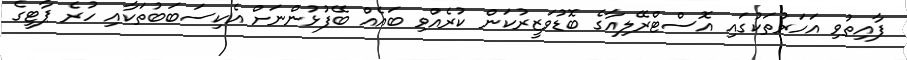
ފާއިތުވި އަހަރުތަކުގައި އޮސްޓްރޭލިއާގެ ބޮޑުވަޒީރުކަން ކުރެއްވި ބައެއް ބޭފުޅުންނަށް އެކިސަބަބުތަކާއި ހުރެ ޕާޓީގެ